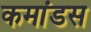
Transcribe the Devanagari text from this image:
कमांडस